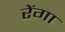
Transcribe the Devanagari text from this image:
रेंगा